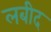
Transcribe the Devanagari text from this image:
लबीद